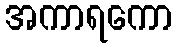
အကာရကော